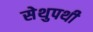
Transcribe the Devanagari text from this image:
सेथुपथी